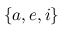
\{ a , e , i \}